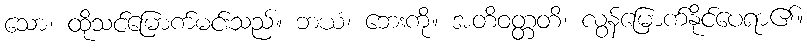
သော၊ ထိုသင်မြောက်မင်းသည်။ ဘယံ၊ ဘေးကို။ အတိဝတ္တတိ၊ လွန်မြောက်နိုင်ပေရာ၏။